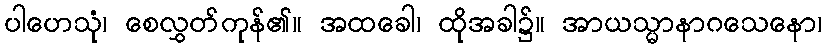
ပါဟေသုံ၊ စေလွှတ်ကုန်၏။ အထခေါ၊ ထိုအခါ၌။ အာယသ္မာနာဂသေနော၊